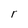
Character: r